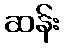
ဆန်း